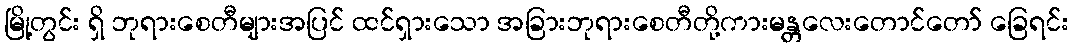
မြို့တွင်း ရှိ ဘုရားစေတီများအပြင် ထင်ရှားသော အခြားဘုရားစေတီတို့ကားမန္တလေးတောင်တော် ခြေရင်း